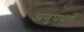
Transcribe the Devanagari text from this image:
अनुपपर्ण